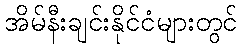
အိမ်နီးချင်းနိုင်ငံများတွင်